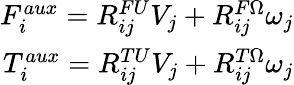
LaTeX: \begin{array}{r}{F_{i}^{aux}=R_{ij}^{FU}V_{j}+R_{ij}^{F\Omega}\omega_{j}}\\ {T_{i}^{aux}=R_{ij}^{TU}V_{j}+R_{ij}^{T\Omega}\omega_{j}}\end{array}